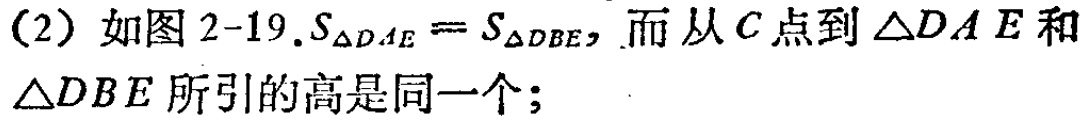
（2）如图2-19.$S_{\triangle DAE}=S_{\triangle DBE}$，而从\(C\)点到\(\triangle DAE\)和\(\triangle DBE\)所引的高是同一个；